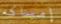
إمساكه